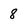
Character: 8